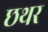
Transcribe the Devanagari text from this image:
छथर